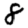
Digit: 8